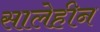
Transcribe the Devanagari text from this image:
सालेहीन